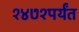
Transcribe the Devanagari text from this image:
१४७१पर्यंत